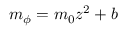
m _ { \phi } = m _ { 0 } z ^ { 2 } + b